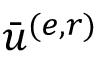
\bar { u } ^ { ( e , r ) }